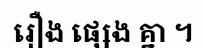
រឿង ផ្សេង គ្នា ។